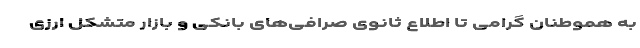
به هموطنان گرامی تا اطلاع ثانوی صرافی‌های بانکی و بازار متشکل ارزی